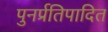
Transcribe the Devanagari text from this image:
पुनर्प्रतिपादित